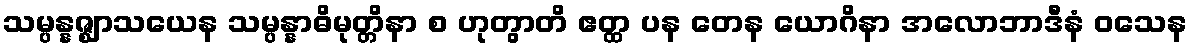
သမ္ပန္နဇ္ဈာသယေန သမ္ပန္နာဓိမုတ္တိနာ စ ဟုတွာတိ ဧတ္ထ ပန တေန ယောဂိနာ အလောဘာဒီနံ ဝသေန